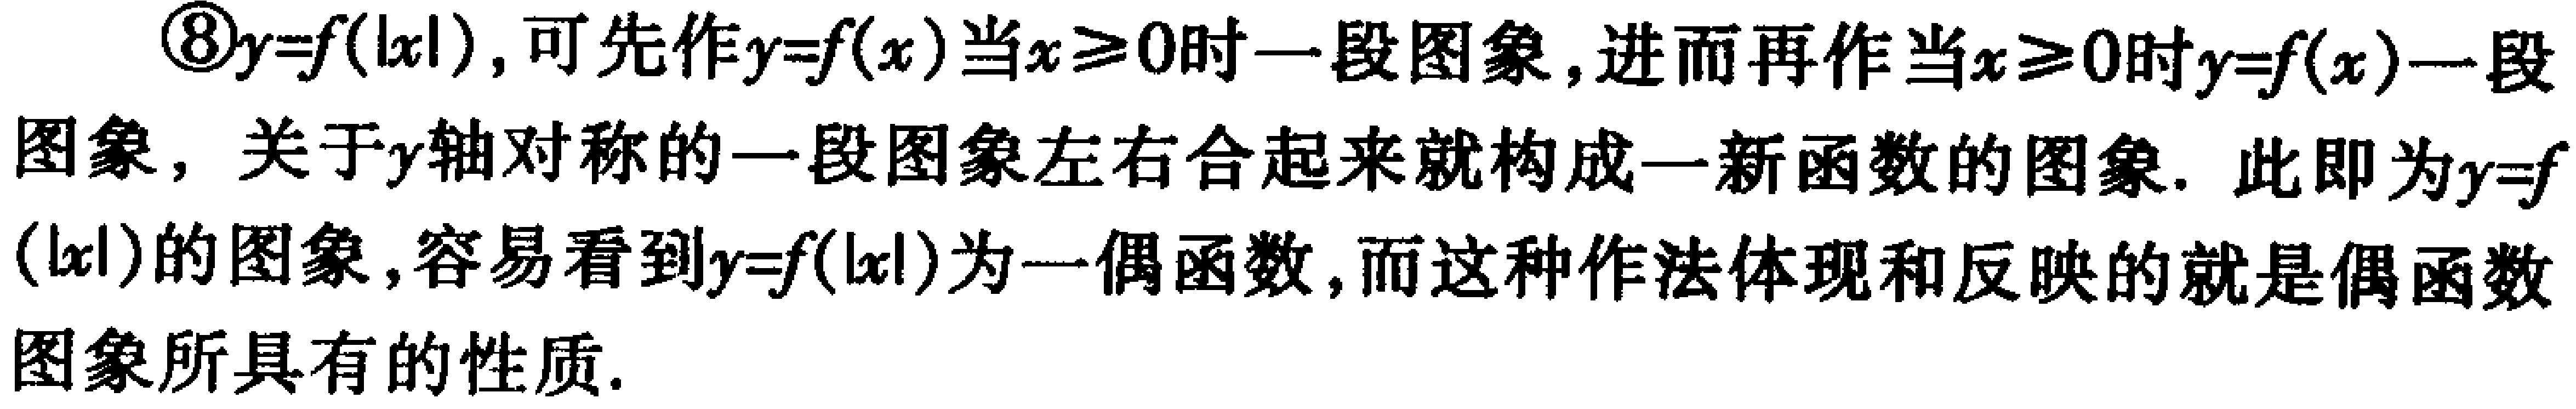
\textcircled{8}$y = f(|x|)$，可先作$y = f(x)$当$x\geq0$时一段图象，进而再作当$x\geq0$时$y = f(x)$一段图象，关于$y$轴对称的一段图象左右合起来就构成一新函数的图象. 此即为$y = f(|x|)$的图象，容易看到$y = f(|x|)$为一偶函数，而这种作法体现和反映的就是偶函数图象所具有的性质.